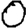
Digit: 0